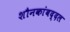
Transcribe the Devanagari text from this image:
शौनकांबद्दल